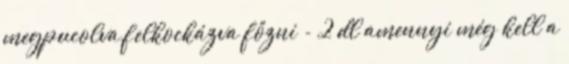
megpucolva,felkockázva főzni - 2 dl amennyi még kell a